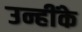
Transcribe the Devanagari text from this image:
उन्हींके